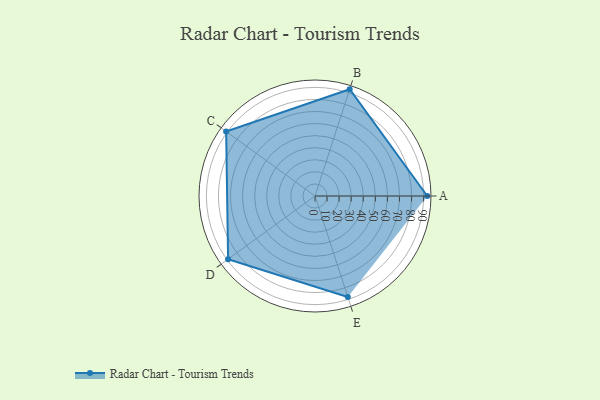
{"axis": {"x": "Skill", "y": "Score"}, "legend": ["Profile"], "data": [{"x": "A", "y": 93.0, "type": "Profile"}, {"x": "B", "y": 93.0, "type": "Profile"}, {"x": "C", "y": 91.0, "type": "Profile"}, {"x": "D", "y": 89.0, "type": "Profile"}, {"x": "E", "y": 88.0, "type": "Profile"}]}